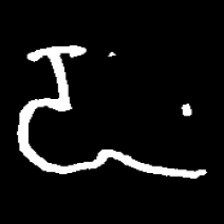
Pyu character \u2014 Myanmar letter: ဍ (romanized: dda)